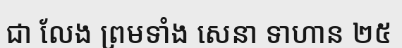
ជា លែង ព្រមទាំង សេនា ទាហាន ២៥